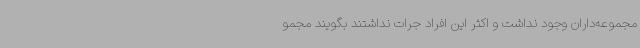
مجموعه‌داران وجود نداشت و اکثر این افراد جرات نداشتند بگویند مجمو